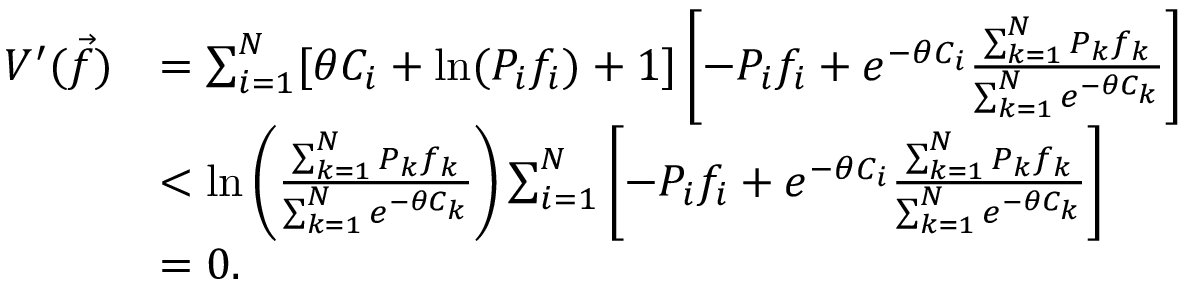
\begin{array} { r l } { V ^ { \prime } ( \vec { f } ) } & { = \sum _ { i = 1 } ^ { N } [ \theta C _ { i } + \mathrm { l n } ( P _ { i } f _ { i } ) + 1 ] \left[ - P _ { i } f _ { i } + e ^ { - \theta C _ { i } } \frac { \sum _ { k = 1 } ^ { N } P _ { k } f _ { k } } { \sum _ { k = 1 } ^ { N } e ^ { - \theta C _ { k } } } \right] } \\ & { < \mathrm { l n } \left( \frac { \sum _ { k = 1 } ^ { N } P _ { k } f _ { k } } { \sum _ { k = 1 } ^ { N } e ^ { - \theta C _ { k } } } \right) \sum _ { i = 1 } ^ { N } \left[ - P _ { i } f _ { i } + e ^ { - \theta C _ { i } } \frac { \sum _ { k = 1 } ^ { N } P _ { k } f _ { k } } { \sum _ { k = 1 } ^ { N } e ^ { - \theta C _ { k } } } \right] } \\ & { = 0 . } \end{array}